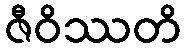
ဇီဝိဿတိ